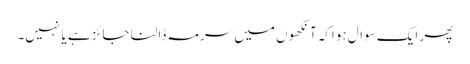
پھر ایک سوال ہواکہ آنکھوں میں سرمہ ڈالنا جائز ہے یا نہیں۔